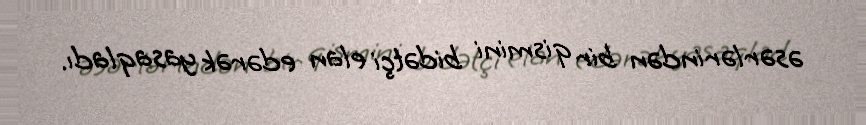
əsərlərindən bir qismini bidətçi elan edərək yasaqladı.